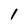
Character: 1